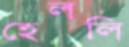
হেললি